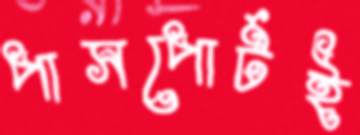
পাসপোর্টই